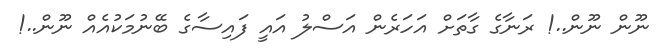
ނޫން ނޫން..! ރަނާގެ ގާތަށް އަހަރެން އަސްލު އައީ ފައިސާގެ ބޭނުމަކުއެއް ނޫން..!